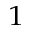
_ 1